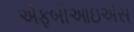
એફબીઆઇએસ